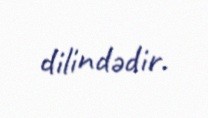
dilindədir.